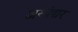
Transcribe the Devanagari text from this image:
अस्पंद्यर